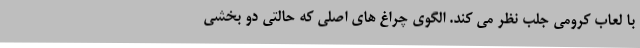
با لعاب کرومی جلب نظر می کند. الگوی چراغ های اصلی که حالتی دو بخشی